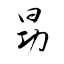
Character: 昮